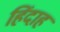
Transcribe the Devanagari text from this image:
हिंदाह